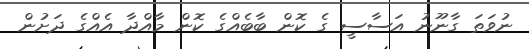
ނުވަތަ ގާނޫނު އަސާސީ ގެ ކޮން ބާބެެއްގެ ކޮން މާއްދާ އެއްގެ ދަށުން